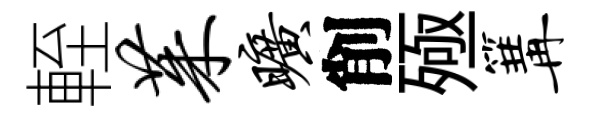
輊茱旷削殛篝